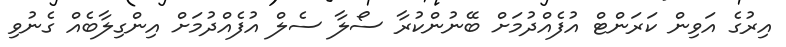
އިރުގެ އަވިން ކަރަންޓް އުފެއްދުމަށް ބޭނުންކުރާ ސޯލާ ސެލް އުފެއްދުމަށް އިންގިލާބެއް ގެނުވި